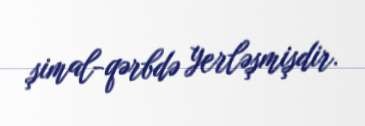
şimal-qərbdə yerləşmişdir.